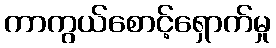
ကာကွယ်စောင့်ရှောက်မှု